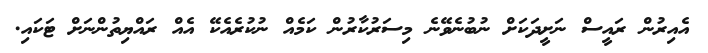
އެއިރުން ރައީސް ނަށީދަކަށް ނުބުނެވޭނެ މިސަރުކާރުން ކަމެއް ނުކުރެއެކޭ އެއް ރައްޔިތުންނަށް ޓަކައި.